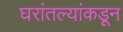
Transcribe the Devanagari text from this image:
घरांतल्यांकडून